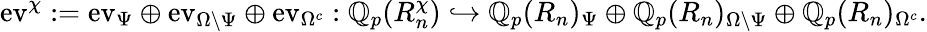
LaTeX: \mathrm{ev}^{\chi}:=\mathrm{ev}_{\Psi}\oplus\mathrm{ev}_{\Omega\setminus\Psi}\oplus\mathrm{ev}_{\Omega^{c}}:\mathbb Q_{p}(R_{n}^{\chi})\hookrightarrow\mathbb Q_{p}(R_{n})_{\Psi}\oplus\mathbb Q_{p}(R_{n})_{\Omega\setminus\Psi}\oplus\mathbb Q_{p}(R_{n})_{\Omega^{c}}.